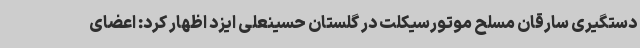
دستگیری سارقان مسلح موتورسیکلت در گلستان حسینعلی ایزد اظهار کرد: اعضای